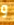
و